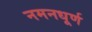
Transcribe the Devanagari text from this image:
नमनधूर्ण